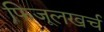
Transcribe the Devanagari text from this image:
फिजूलखर्च